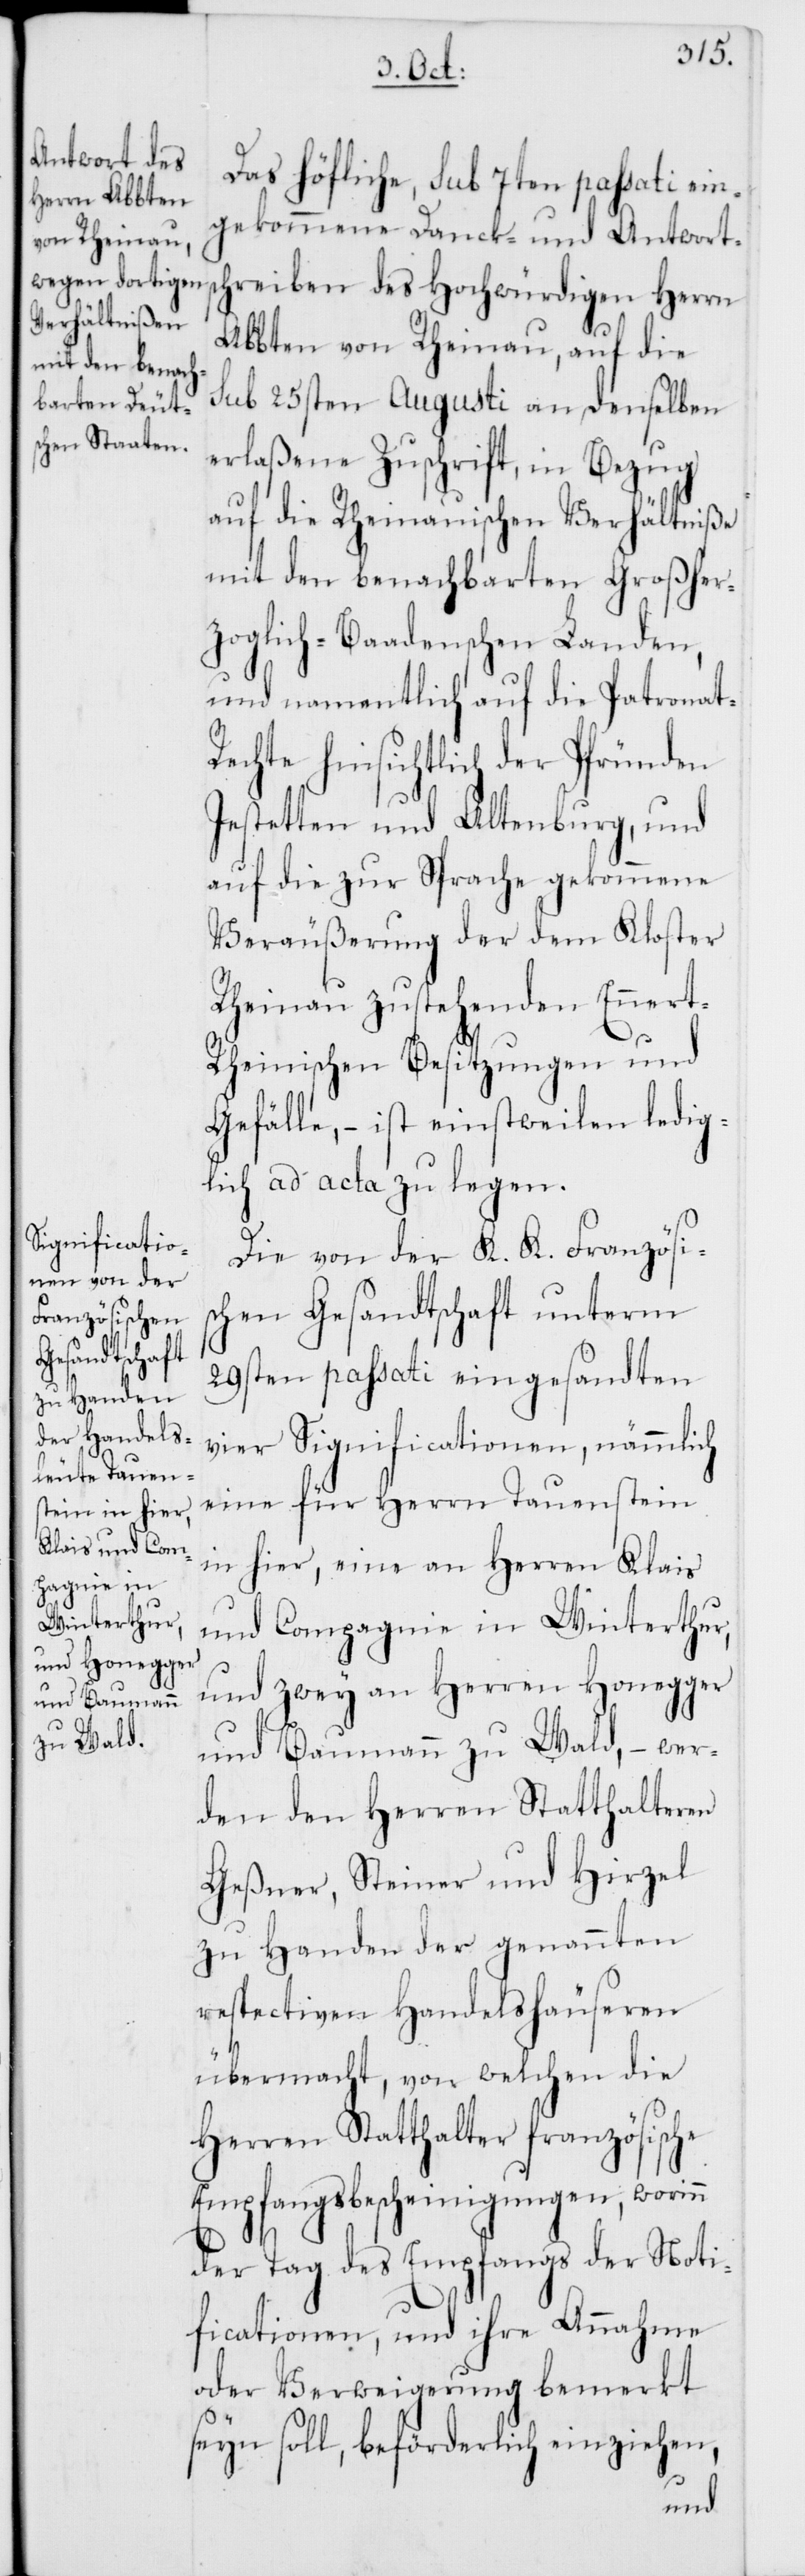
Das höfliche sub 7ten passati ein¬
gekommene Danck- und Antworts¬
chreiben des Hochwürdigen Herrn
Abbten von Rheinau, auf die
sub 25sten Augusti an denselben
erlaßene Zuschrift, in Bezug
auf die Rheinauischen Verhältniße
mit den benachbarten Großher¬
zoglich-Baadenschen Landen,
und namentlich auf die Patronat-R¬
echte hinsichtlich der Pfründen
Jestetten und Altenburg, und
auf die zur Sprache gekommene
Veräußerung der dem Kloster
Rheinau zustehenden Enner¬
t-Rheinischen Besitzungen und
Gefälle, – ist einstweilen ledig¬
lich ad acta zu legen.
Die von der K. K. Französis¬
chen Gesandtschaft unterm
29sten passati eingesandten
vier Significationen, nämmlich
eine für Herrn Tauenstein
in hier, eine an Herren Klais
und Compagnie in Winterthur,
und zwey an Herren Honegger
und Baumann zu Wald, – wer¬
den den Herren Statthalteren
Geßner, Steiner und Hirzel
zu Handen der genannten
respectiven Handelshäuseren
übermacht, von welchen die
Herren Statthalter französische
Empfangsbescheinigungen, worinn
der Tag des Empfangs der Noti¬
ficationen, und ihre Annahme
oder Verweigerung bemerkt
seyn soll, beförderlich einziehen,